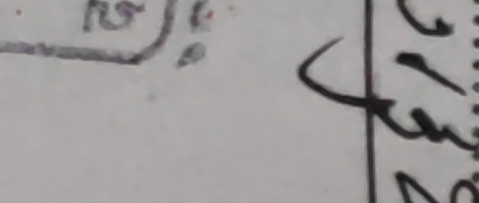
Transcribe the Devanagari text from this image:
सुम्म